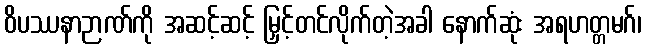
ဝိပဿနာဉာဏ်ကို အဆင့်ဆင့် မြှင့်တင်လိုက်တဲ့အခါ နောက်ဆုံး အရဟတ္တမဂ်၊